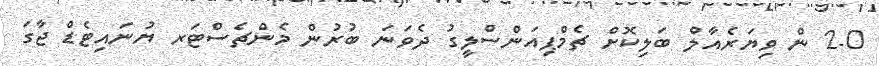
2-0 ން ވިޔަރެއާލް ބަލިކޮށް ޗެމްޕިއަންސްލީގު ދެވަނަ ބުރުން މެންޗެސްޓަރ ޔުނައިޓެޑް ޖާގަ